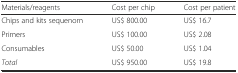
| Materials/reagents | Cost per chip | Cost per patient |
 | --- | --- | --- |
 | Chips and kits sequenom | US$ 800.00 | US$ 16.7 |
 | Primers | US$ 100.00 | US$ 2.08 |
 | Consumables | US$ 50.00 | US$ 1.04 |
 | Total | US$ 950.00 | US$ 19.8 |